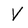
Character: V